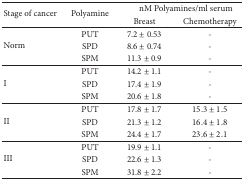
| <ROWSPAN=2> Stage of cancer | <ROWSPAN=2> Polyamine | <COLSPAN=2> nM Polyamines/ml serum |
 | Breast | Chemotherapy |
 | --- | --- | --- | --- |
 | <ROWSPAN=3> Norm | PUT | 7.2 ± 0.53 | - |
 | SPD | 8.6 ± 0.74 | - |
 | SPM | 11.3 ± 0.9 | - |
 | <ROWSPAN=3> I | PUT | 14.2 ± 1.1 | - |
 | SPD | 17.4 ± 1.9 | - |
 | SPM | 20.6 ± 1.8 | - |
 | <ROWSPAN=3> II | PUT | 17.8 ± 1.7 | 15.3 ± 1.5 |
 | SPD | 21.3 ± 1.2 | 16.4 ± 1.8 |
 | SPM | 24.4 ± 1.7 | 23.6 ± 2.1 |
 | <ROWSPAN=3> III | PUT | 19.9 ± 1.1 | - |
 | SPD | 22.6 ± 1.3 | - |
 | SPM | 31.8 ± 2.2 | - |